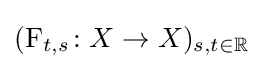
(\operatorname {F} _{t,s}\colon X\rightarrow X)_{s,t\in \mathbb {R} }